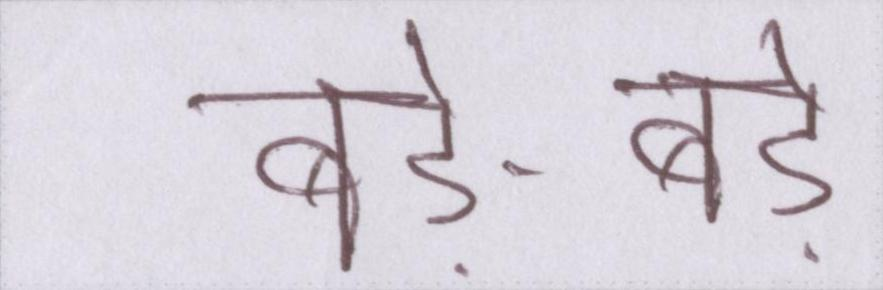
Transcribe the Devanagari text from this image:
बड़े-बड़े